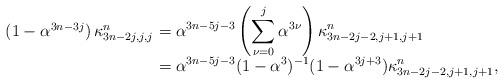
LaTeX: \begin{align*}\begin{array}{r@{\ }l} \left( 1 - \alpha^{3n-3j}\right) \kappa^n_{3n-2j, j, j} & = \displaystyle \alpha^{3n-5j-3}\left( \sum_{\nu=0}^{j} \alpha^{3\nu} \right) \kappa^n_{3n-2j-2, j+1, j+1} \\& = \displaystyle \alpha^{3n-5j-3}(1-\alpha^3)^{-1}(1-\alpha^{3j+3})\kappa^n_{3n-2j-2, j+1, j+1} ,\end{array}\end{align*}